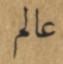
عالم